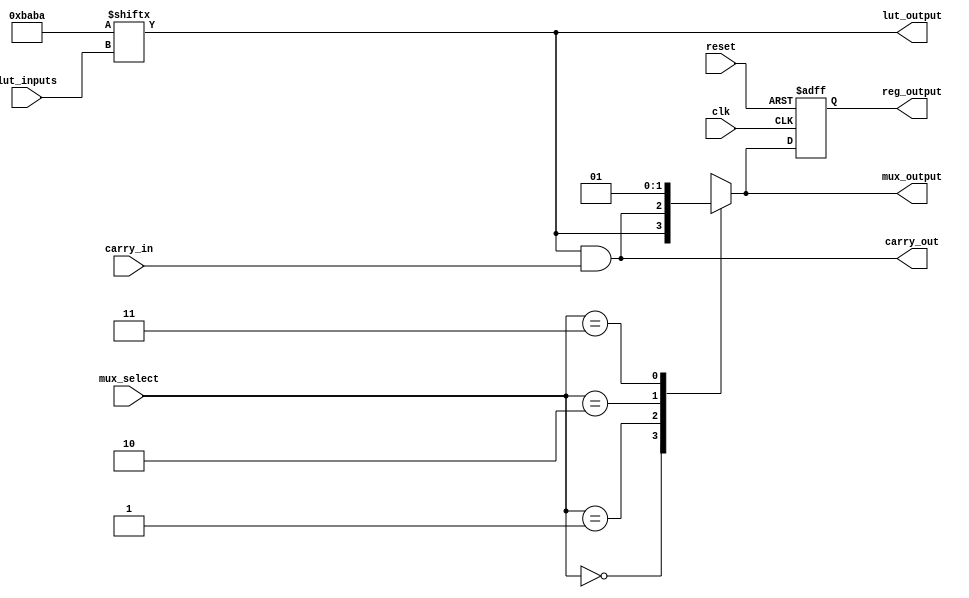
module CLB (
    input wire [3:0] lut_inputs,     // 4-inputs for the LUT
    input wire [1:0] mux_select,      // 2-bit select signal for the MUX
    input wire carry_in,              // Carry input for the carry chain
    input wire clk,                   // Clock for the flip-flop
    input wire reset,                 // Asynchronous reset for the flip-flop
    output wire lut_output,           // Output from the LUT
    output wire mux_output,           // Output from the MUX
    output wire carry_out,            // Carry output of the CLB
    output wire reg_output            // Output from the flip-flop
);

    // Configuration memory for the LUT (example: 4-input LUT with a truth table)
    reg [15:0] lut_memory; // 16 entries for 4-input LUT

    // LUT implementation
    always @(*) begin
        lut_memory = 16'b1011101010111010; // Example truth table
        lut_output = lut_memory[lut_inputs]; // LUT output based on inputs
    end

    // 2-to-1 Multiplexer
    always @(*) begin
        case (mux_select)
            2'b00: mux_output = lut_output;      // Select LUT output
            2'b01: mux_output = carry_out;       // Select carry output
            2'b10: mux_output = 1'b0;            // Select constant 0
            2'b11: mux_output = 1'b1;            // Select constant 1
            default: mux_output = 1'b0;
        endcase
    end

    // Carry chain implementation
    assign carry_out = lut_output & carry_in; // Example carry logic

    // Flip-Flop implementation
    reg reg_ff;
    always @(posedge clk or posedge reset) begin
        if (reset)
            reg_ff <= 1'b0;  // Asynchronous reset
        else
            reg_ff <= mux_output; // Store MUX output in flip-flop
    end

    assign reg_output = reg_ff; // Output from flip-flop

endmodule